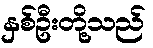
နှစ်ဦးတို့သည်